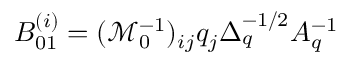
B _ { 0 1 } ^ { ( i ) } = ( \mathcal { M } _ { 0 } ^ { - 1 } ) _ { i j } q _ { j } \Delta _ { q } ^ { - 1 / 2 } A _ { q } ^ { - 1 }